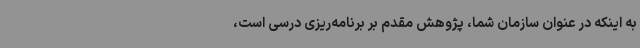
به اینکه در عنوان سازمان شما، پژوهش مقدم بر برنامه‌ریزی درسی است،